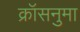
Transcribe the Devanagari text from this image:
क्रॉसनुमा